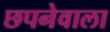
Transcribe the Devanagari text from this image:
छपनेवाला